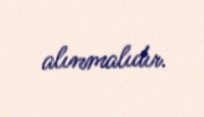
alınmalıdır.